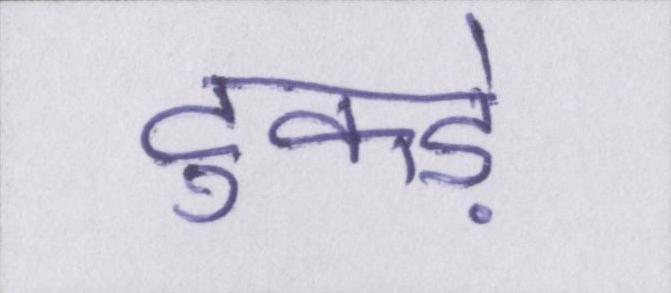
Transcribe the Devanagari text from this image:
टुकड़े